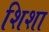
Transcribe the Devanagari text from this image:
शिशा